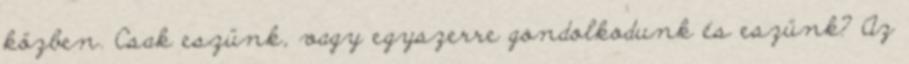
közben. Csak eszünk, vagy egyszerre gondolkodunk és eszünk? Az